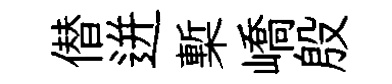
僣迸槧嶠殷